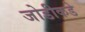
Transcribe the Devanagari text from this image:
जोडीकडे